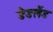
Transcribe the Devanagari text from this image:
डैडलैंड